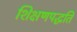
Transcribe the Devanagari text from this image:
शिक्षणपद्धति